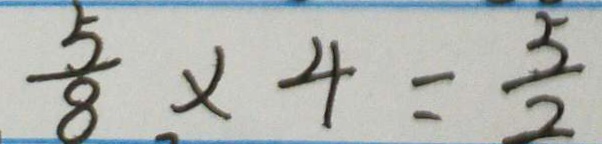
\frac { 5 } { 8 } \times 4 = \frac { 5 } { 2 }